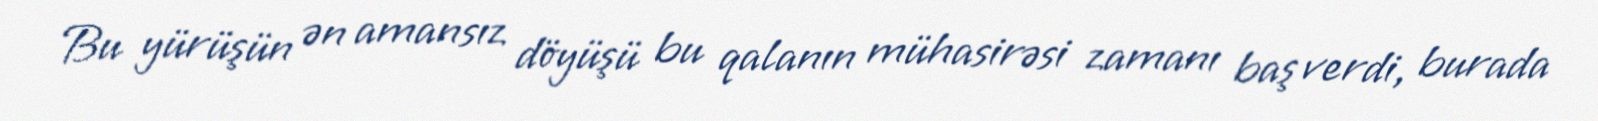
Bu yürüşün ən amansız döyüşü bu qalanın mühasirəsi zamanı baş verdi, burada